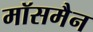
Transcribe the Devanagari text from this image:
मॉसमैन